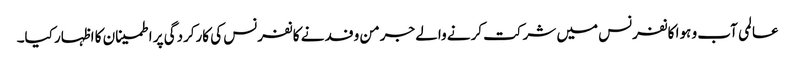
عالمی آب و ہوا کانفرنس میں شرکت کرنے والے جرمن وفد نے کانفرنس کی کارکردگی پر اطمینان کا اظہار کیا۔